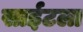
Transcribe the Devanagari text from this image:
साईटला